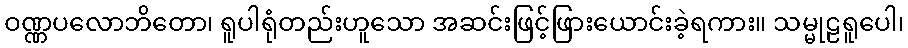
ဝဏ္ဏပလောဘိတော၊ ရူပါရုံတည်းဟူသော အဆင်းဖြင့်ဖြားယောင်းခဲ့ရကား။ သမ္မုဠရူပေါ၊